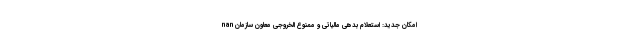
nan امکان جدید: استعلام بدهی مالیاتی و ممنوع ‌الخروجی معاون سازمان